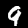
Digit: 9